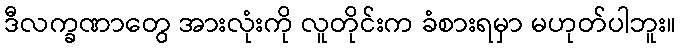
ဒီလက္ခဏာတွေ အားလုံးကို လူတိုင်းက ခံစားရမှာ မဟုတ်ပါဘူး။